On a parasite found in the white corpuscles of the blood of palm squirrels - Number 24
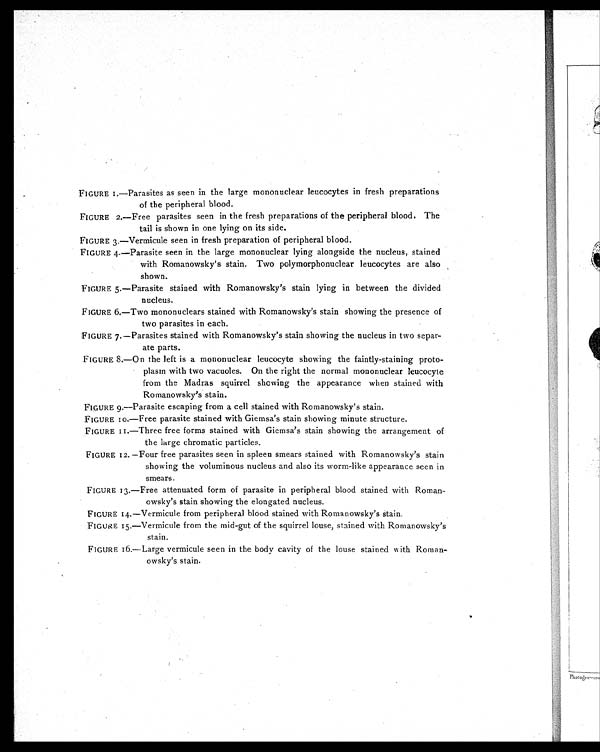
FIGURE 1.—Parasites as seen in the large mononuclear leucocytes in fresh preparations
of the peripheral blood.
FIGURE 2.—Free parasites seen in the fresh preparations of the peripheral blood. The
tail is shown in one lying on its side.
FIGURE 3.—Vermicule seen in fresh preparation of peripheral blood.
FIGURE 4.—Parasite seen in the large mononuclear lying alongside the nucleus, stained
with Romanowsky's stain. Two polymorphonuclear leucocytes are also
shown.
FIGURE 5.—Parasite stained with Romanowsky's stain lying in between the divided
nucleus.
FIGURE 6.—Two mononuclears stained with Romanowsky's stain showing the presence of
two parasites in each.
FIGURE 7.—Parasites stained with Romanowsky's stain showing the nucleus in two separ-
ate parts.
FIGURE 8.—On the left is a mononuclear leucocyte showing the faintly-staining proto-
plasm with two vacuoles. On the right the normal mononuclear leucocyte
from the Madras squirrel showing the appearance when stained with
Romanowsky's stain.
FIGURE 9.—Parasite escaping from a cell stained with Romanowsky's stain.
FIGURE 10.—Free parasite stained with Giemsa's stain showing minute structure.
FIGURE 11.—Three free forms stained with Giemsa's stain showing the arrangement of
the large chromatic particles.
FIGURE 12. —Four free parasites seen in spleen smears stained with Romanowsky's stain
showing the voluminous nucleus and also its worm-like appearance seen in
smears.
FIGURE 13.—Free attenuated form of parasite in peripheral blood stained with Roman-
owsky's stain showing the elongated nucleus.
FIGURE 14.—Vermicule from peripheral blood stained with Romanowsky's stain.
FIGURE 15.—Vermicule from the mid-gut of the squirrel louse, stained with Romanowsky's
stain.
FIGURE 16.—Large vermicule seen in the body cavity of the louse stained with Roman-
owsky's stain.